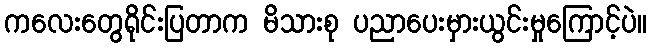
ကလေးတွေရိုင်းပြတာက မိသားစု ပညာပေးမှားယွင်းမှုကြောင့်ပဲ။